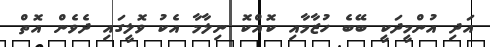
އަދި އުންމީދަކީ ބޭބެ ހުޒާމާއި ކޮއްކޮ ނިލާމާ އެކު ވޮލީގައި ދެވެން އޮތް